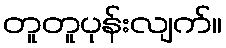
တူတူပုန်းလျက်။